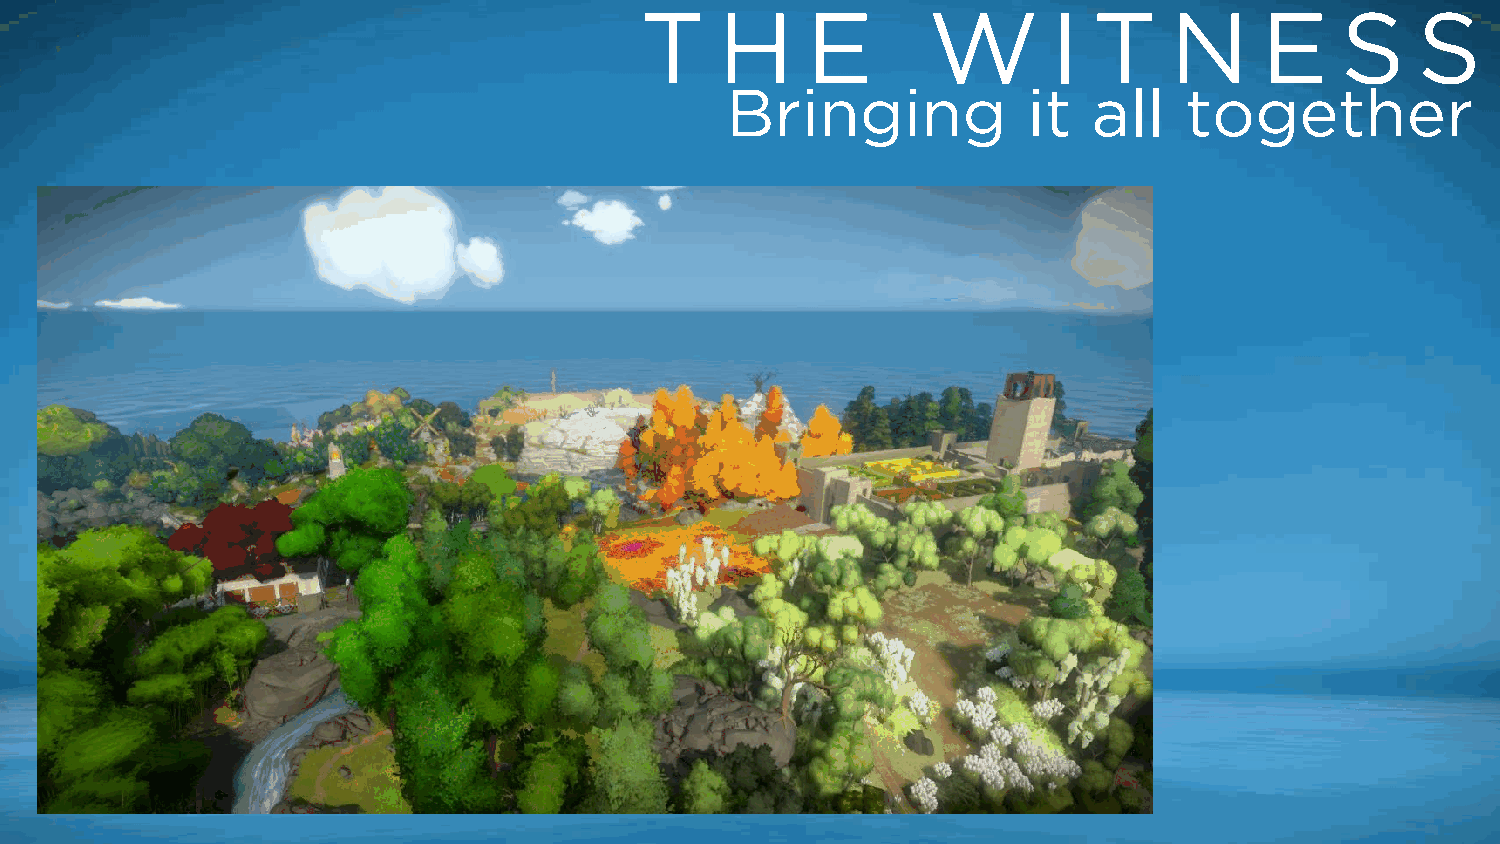
T     H    E       W        I T    N      E    S    S
 Bringing            it  all   together